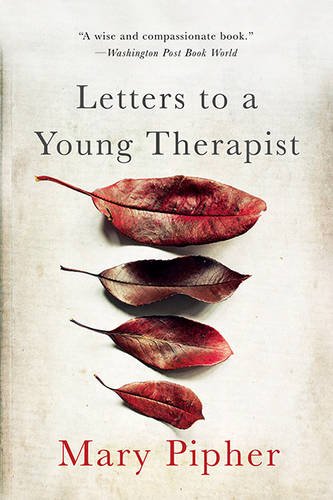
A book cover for Letters to a Young Therapist; Mary Pipher; Literature & Fiction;